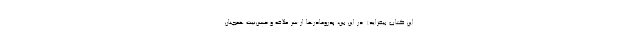
این کتاب بیفزاید). در این بین، پدرومادرها از سر علاقه و حسن‌نیت همچنان